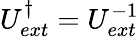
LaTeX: U_{ext}^{\dagger}=U_{ext}^{-1}